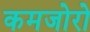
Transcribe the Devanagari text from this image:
कमजोरो